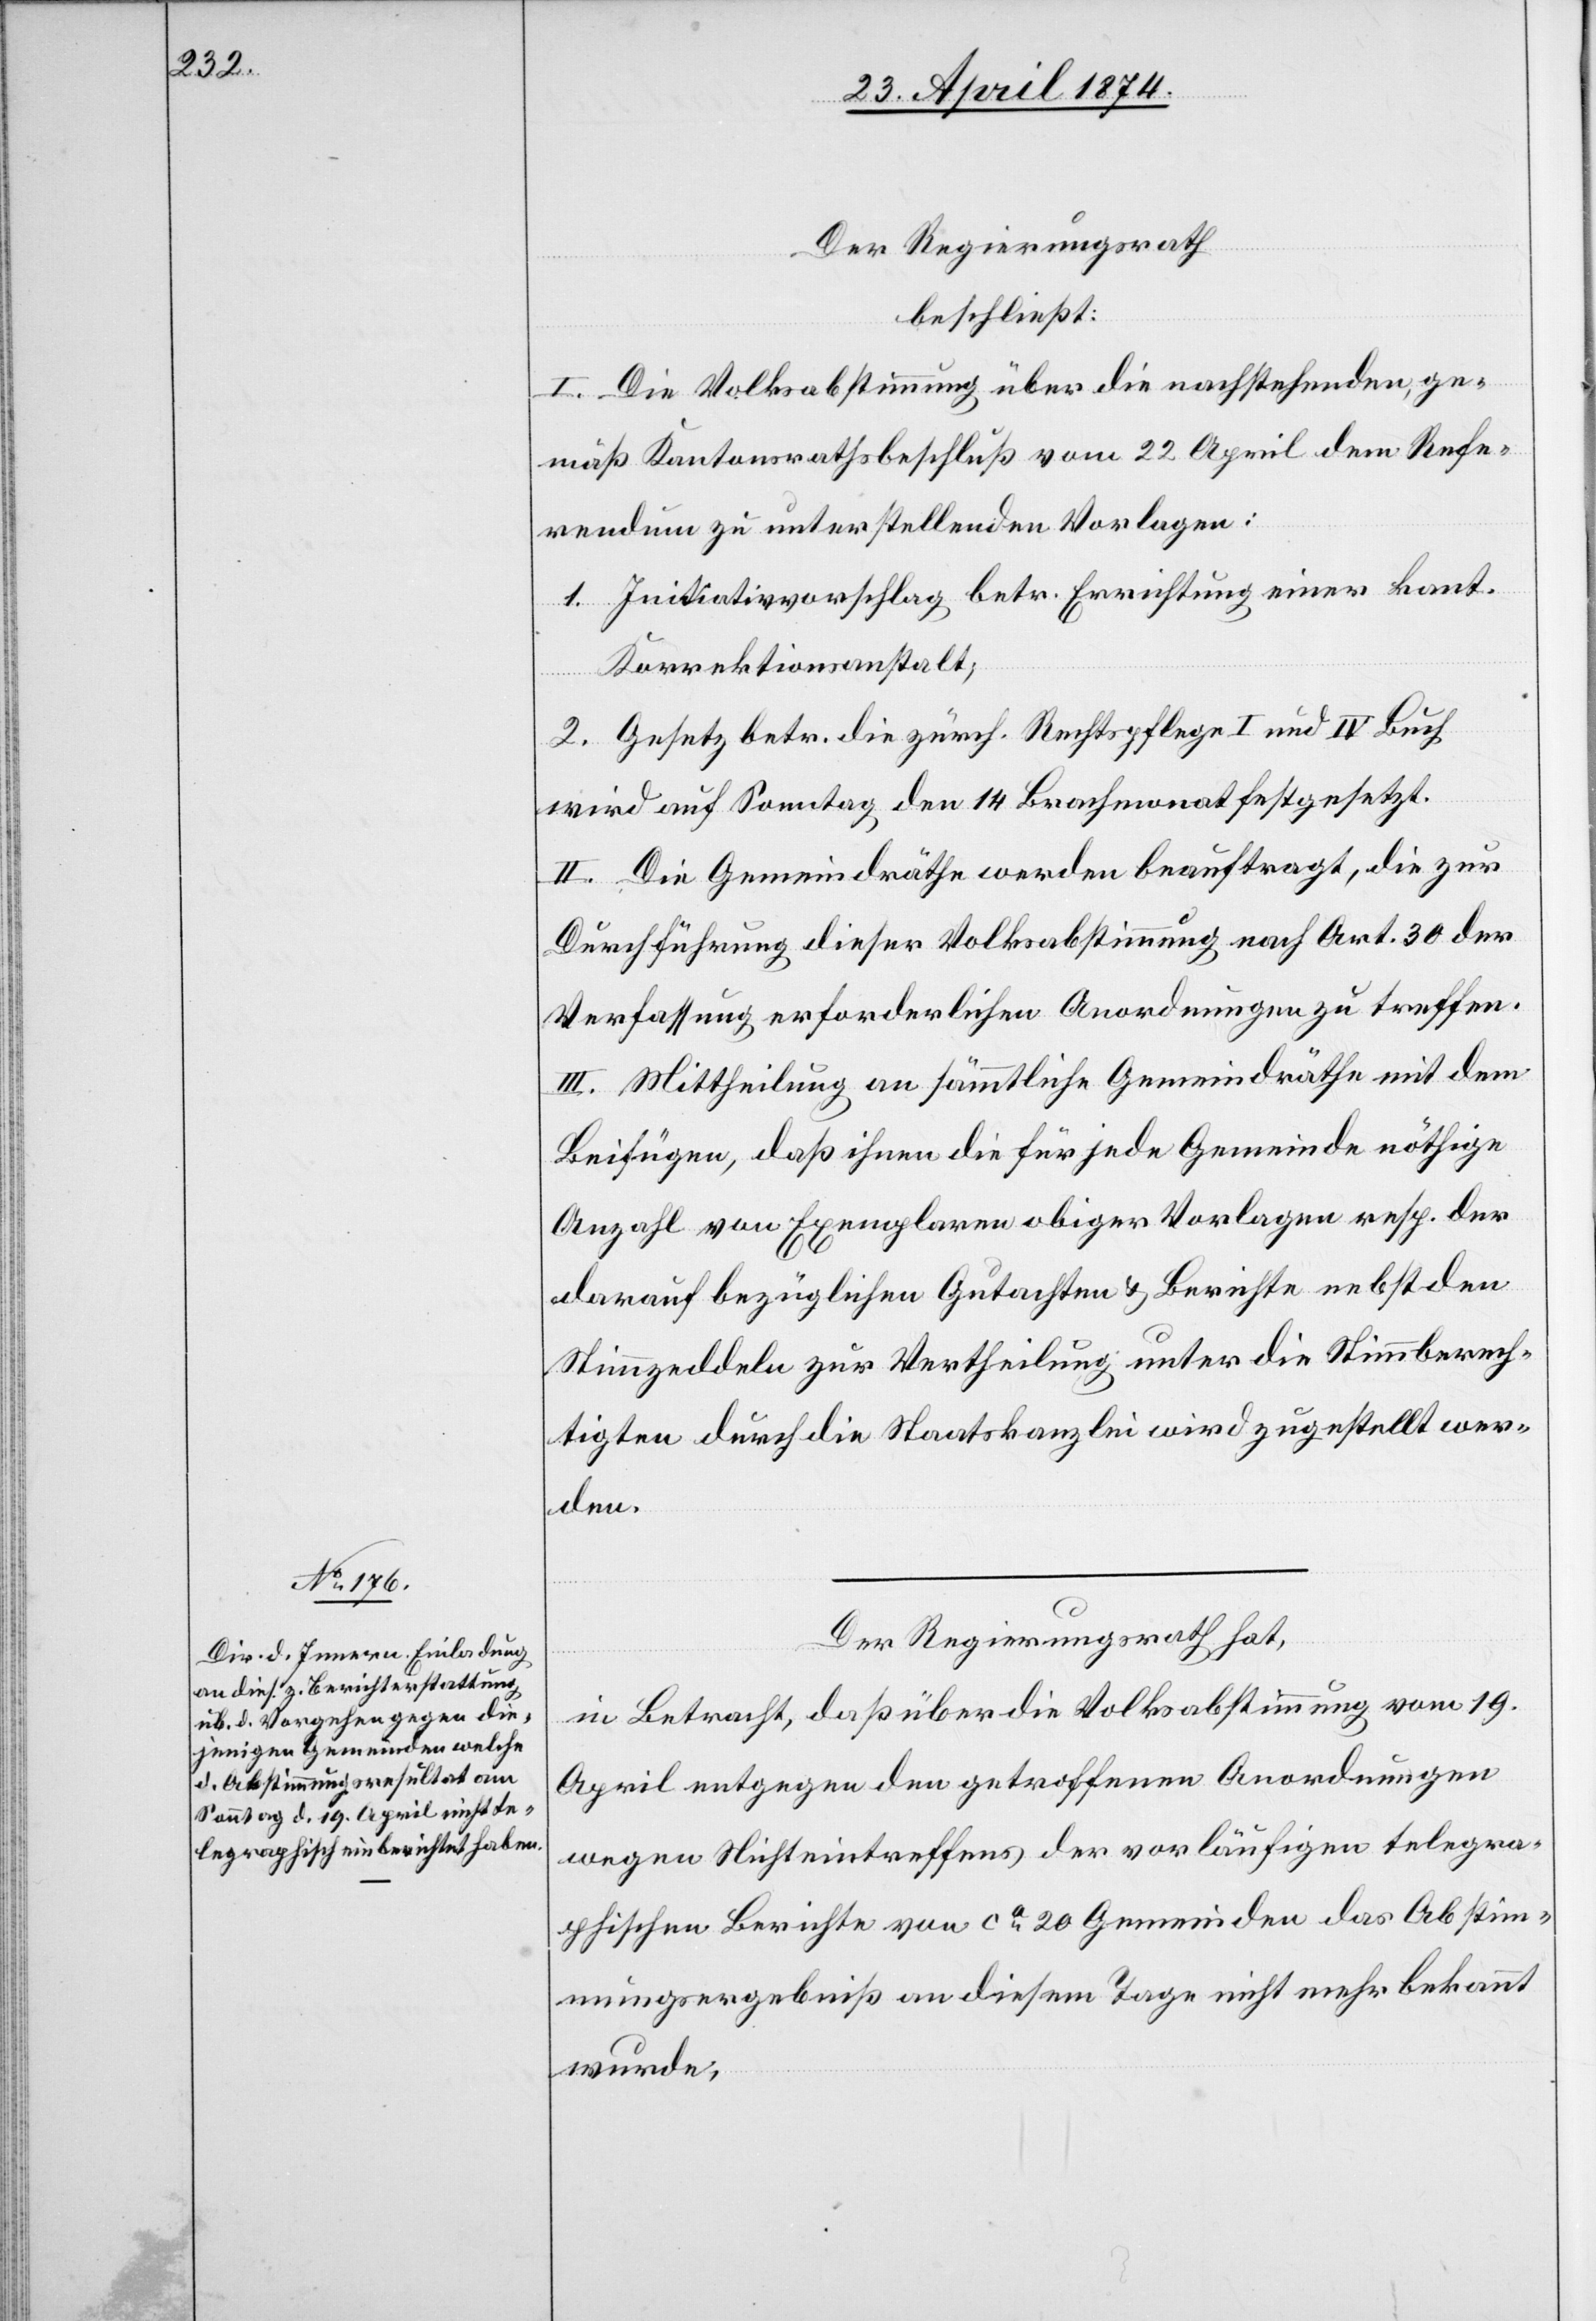
Der Regierungsrath,
beschließt:
I. Die Volksabstimmung über die nachstehenden, ge¬
mäß Kantonsrathsbeschluß vom 22. April dem Refe¬
rendum zu unterstellenden Vorlagen:
1. Initiativvorschlag betr. Errichtung einer kant.
Korrektionsanstalt;
2. Gesetz betr. die zürch. Rechtspflege I und IV Buch
wird auf Sonntag den 14. Brachmonat festgesetzt.
II. Die Gemeindräthe werden beauftragt, die zur
Durchführung dieser Volksabstimmung nach Art. 30 der
Verfassung erforderlichen Anordnungen zu treffen.
III. Mittheilung an sämmtliche Gemeindräthe mit dem
Beifügen, daß ihnen die für jede Gemeinde nöthige
Anzahl von Exemplaren obiger Vorlagen resp. der
darauf bezüglichen Gutachten u. Berichte nebst den
Stimmzeddeln zur Vertheilung unter die Stimmberech¬
tigten durch die Staatskanzlei wird zugestellt wer¬
den.
Der Regierungsrath hat,
in Betracht, daß über die Volksabstimmung vom 19.
April entgegen den getroffenen Anordnungen
wegen Nichteintreffens der vorläufigen telegra¬
phischen Berichte von ca 20 Gemeinden das Abstim¬
mungsergebniß an diesem Tage nicht mehr bekannt
wurde,